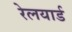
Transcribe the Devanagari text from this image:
रेलयार्ड